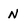
Character: N